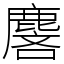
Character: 麐